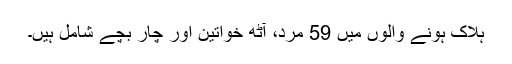
ہلاک ہونے والوں میں 59 مرد، آٹھ خواتین اور چار بچے شامل ہیں۔